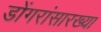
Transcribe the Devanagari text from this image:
डोंगरांसारख्या